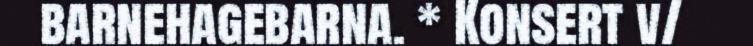
barnehagebarna. * Konsert v/